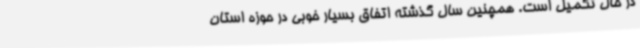
در حال تکمیل است. همچنین سال گذشته اتفاق بسیار خوبی در حوزه استان